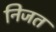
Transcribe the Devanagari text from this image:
निजत